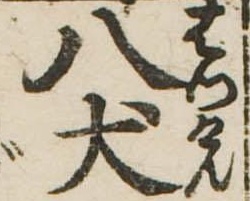
八犬